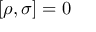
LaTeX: [ \rho , \sigma ] = 0